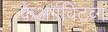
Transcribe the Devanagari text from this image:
केअर्गविंटव्ग